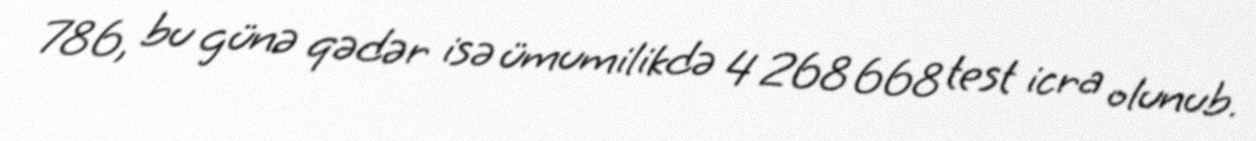
786, bu günə qədər isə ümumilikdə 4 268 668 test icra olunub.